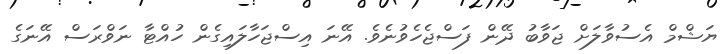
ޔަޝްމް އެސުވާލަށް ޖަވާބު ދޭން ފަސްޖެހެވުނެވެ. އޭނަ އިސްޖަހާލައިގެން ހުއްޓާ ނަވްރަސް އޭނަގެ